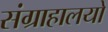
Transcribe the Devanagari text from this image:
संग्राहालयो